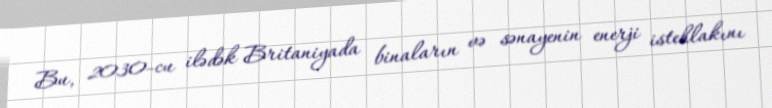
Bu, 2030-cu ilədək Britaniyada binaların və sənayenin enerji istehlakını